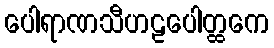
ပေါရာဏသီဟဠပေါတ္ထကေ